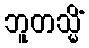
ဘူတသ္မိံ